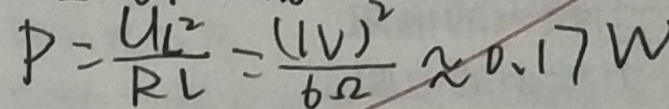
P = \frac { U L ^ { 2 } } { R L } = \frac { ( 1 V ) ^ { 2 } } { 6 \Omega } \approx 0 . 1 7 W